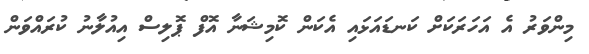
މިންވަރު އެ އަހަރަކަށް ކަނޑައަޅައި އެކަން ކޮމިޝަނާ އޮފް ޕޮލިސް އިއުލާނު ކުރައްވަން